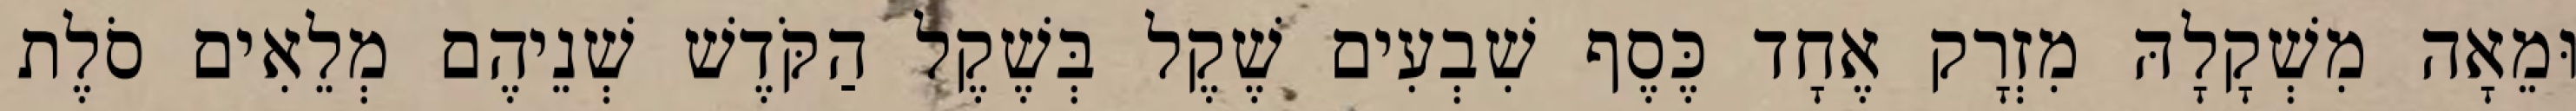
וּמֵאָה מִשְׁקָלָהּ מִזְרָק אֶחָד כֶּסֶף שִׁבְעִים שֶׁקֶל בְּשֶׁקֶל הַקֹּדֶשׁ שְׁנֵיהֶם מְלֵאִים סֹלֶת